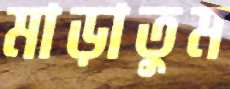
মাড়াতুম